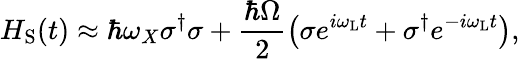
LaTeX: H_{\mathrm{S}}(t)\approx\hbar\omega_{X}\sigma^{\dagger}\sigma+\frac{\hbar\Omega}{2}\left(\sigma e^{i\omega_{\mathrm{L}}t}+\sigma^{\dagger}e^{-i\omega_{\mathrm{L}}t}\right),